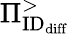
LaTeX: \Pi_{\textrm{ID}_{\textrm{diff}}}^{>}